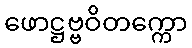
ဖောဋ္ဌဗ္ဗဝိတက္ကော